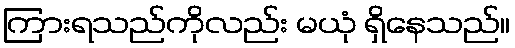
ကြားရသည်ကိုလည်း မယုံ ရှိနေသည်။